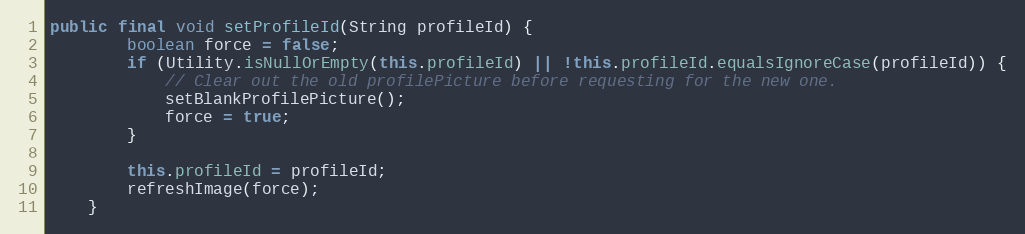
Language: Java
public final void setProfileId(String profileId) {
        boolean force = false;
        if (Utility.isNullOrEmpty(this.profileId) || !this.profileId.equalsIgnoreCase(profileId)) {
            // Clear out the old profilePicture before requesting for the new one.
            setBlankProfilePicture();
            force = true;
        }

        this.profileId = profileId;
        refreshImage(force);
    }